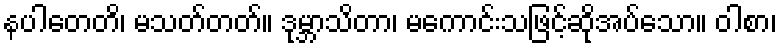
နပါတေတိ၊ မသတ်တတ်။ ဒုမ္ဘာသိတာ၊ မကောင်းသဖြင့်ဆိုအပ်သော။ ဝါစာ၊